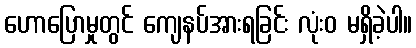
ဟောပြောမှုတွင် ကျေနပ်အားရခြင်း လုံးဝ မရှိခဲ့ပါ။